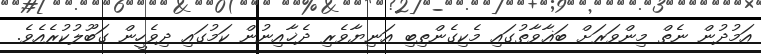
އަމުދުން ނެތް މިންވަރަށް ބަޣާވާތުގައި މެކިގެންތިބި އަނިޔާވެރި ދެޚާއިނުން ކަމުގައި ދިވެހީން ގަބޫލުކުރެއެވެ.